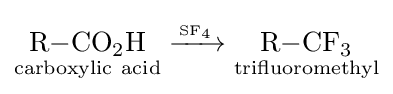
{{\underset {\mathrm {carboxylic} \ \mathrm {acid} }{\mathrm {R} {-}\mathrm {CO} {\vphantom {A}}_{\smash[{t}]{2}}\mathrm {H} }}{}\mathrel {\xrightarrow {~ \atop \mathrm {SF} {\vphantom {A}}_{\smash[{t}]{4}}} } {}{\underset {\mathrm {trifluoromethyl} }{\mathrm {R} {-}\mathrm {CF} {\vphantom {A}}_{\smash[{t}]{3}}}}}